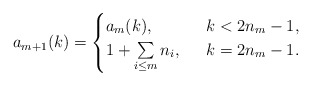
\begin{align*}a_{m+1}(k)=\begin{cases} a_m(k), \ & \ k< 2n_m-1,\\1+\sum\limits_{i\le m} n_i, \ & \ k=2n_m-1.\end{cases}\end{align*}